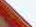
خطتى